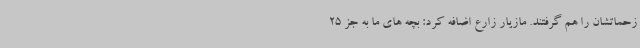
زحماتشان را هم گرفتند. مازیار زارع اضافه کرد: بچه های ما به جز 25